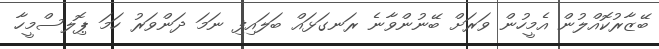
ބޭޒާރުކޮއްލުން އެމީހުން ވަރަށް ބޭނުންވާނެ ރަނގަޅައް ބަލައިފި ނަމަ ދަންވަރު ހަމަ ޕޮިލސްމީހާ